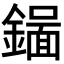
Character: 𬬉